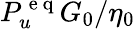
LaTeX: P_{u}^{\mathrm{~e~q~}}G_{0}/\eta_{0}